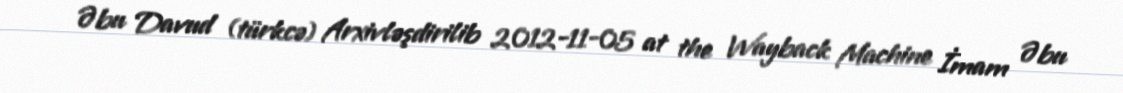
Əbu Davud (türkcə) Arxivləşdirilib 2012-11-05 at the Wayback Machine İmam Əbu